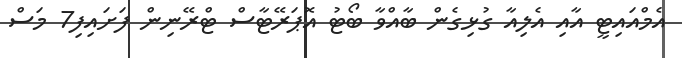
އެމްއައިޓީ އާއި އެލިއާ ގުޅިގެން ބާއްވާ ބޯޓު އޮޕަރޭޓާސް ޓްރޭނިން ފަށައިފި7 މަސް